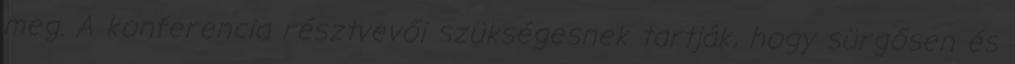
meg. A konferencia résztvevői szükségesnek tartják, hogy sürgősen és